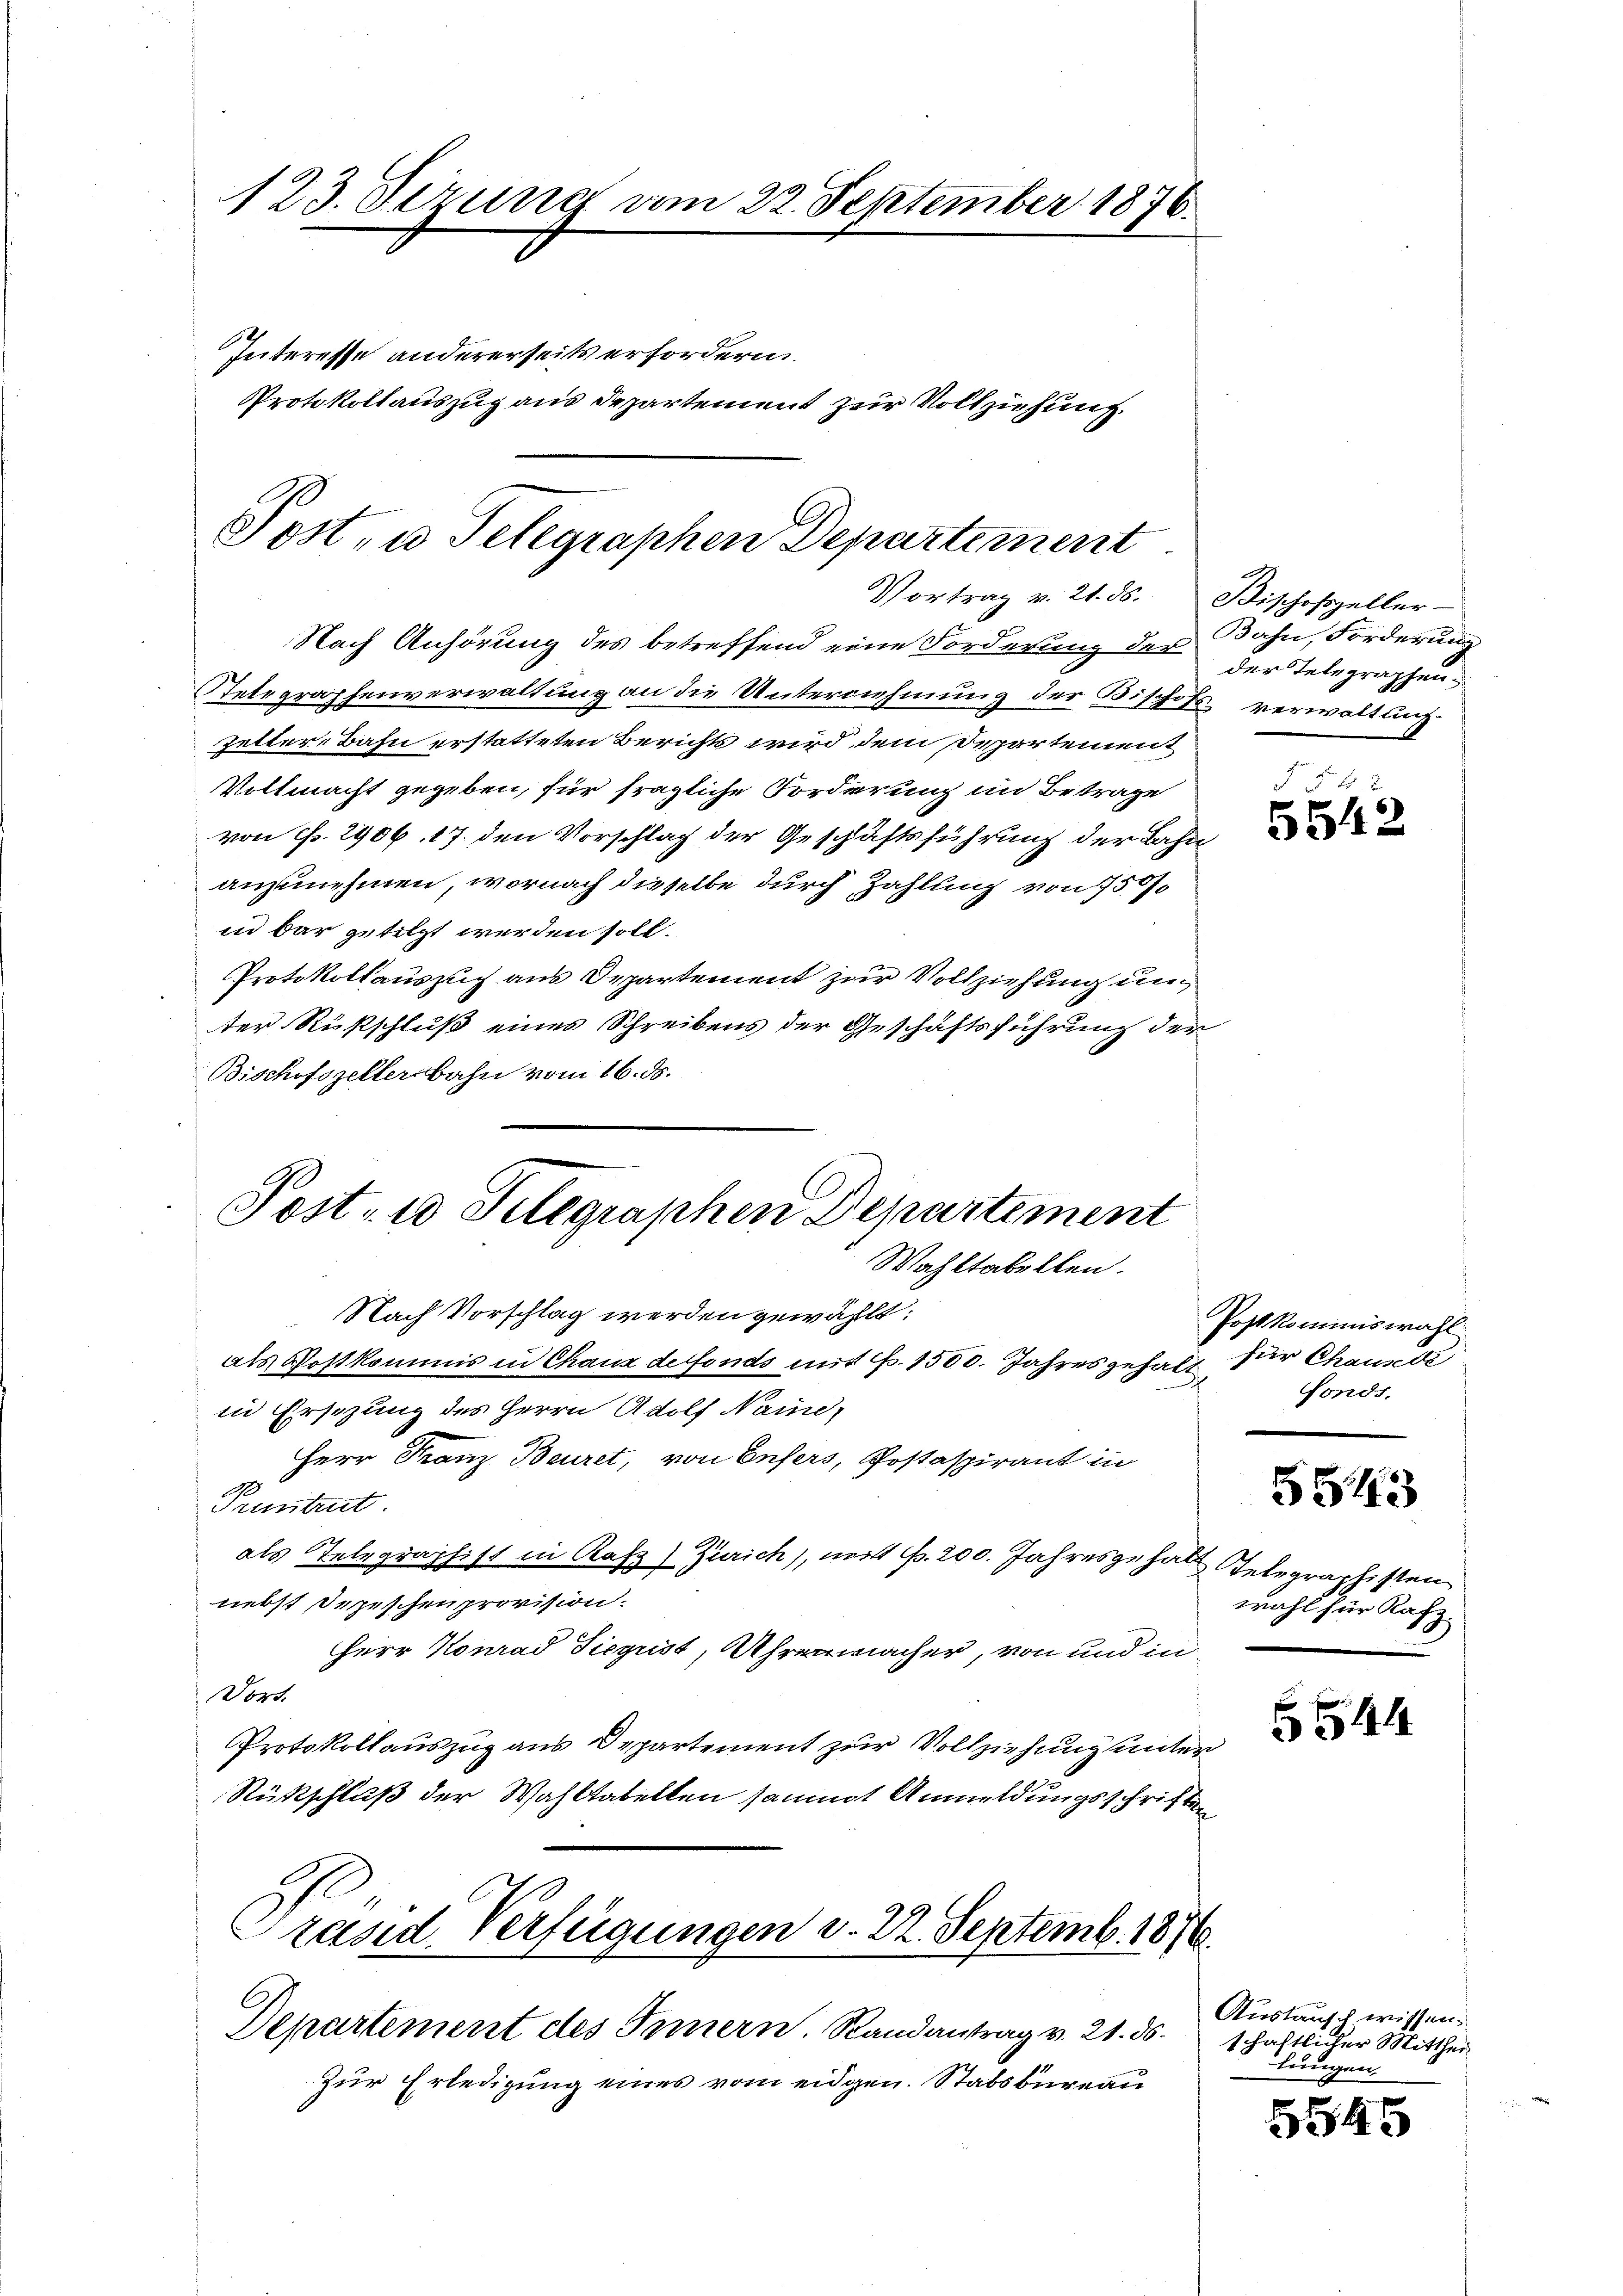
123. Sezung am 22. September 1876.
Interesse andererseits erfordern.
Protokollauszug aus Departement zur Vollzuhünf¬

Post, u. Telegraphen Departement
Vortrag v. 21. ds. Bischofzeller-

Nach Anhörung des betreffend eine Forderung der Bahn, Forderung
Setegraphenverwaltung an die Unternehmung der Bischofs verwaltung
zetter-Bahn erstatteten Berichts wird dem Departement
Vollmacht gegeben, für fragliche Forderung im Betrage
von Fr. 2906. 17. den Vorschlag der Geschäftsführung der Bahnanzunehmen, wornach dieselbe durch Zahlung von 750.
in bar getilgt werden soll.
Protokollauszug aus Departement zur Vollziehung un
der Rückschluß eines Schreibens der Geschäftsführung der
Bischofszellerbahn vom 16. ds.
Wahltabellen.
Nach Vorschlag werden gewählt:
als Postkommis in Chaux de fonds mit F. 1500. Jahresgehalt für Chausedi
in Ersezung des Herrn Adolf Naine,
Herr Franz Beuret, von Enfers, Postaspirant in
Pruntrut
als Telegraphist in Katz) Zürich), nert Fr. 200. Jahresgehalt Telegraphisten
nebst Depeschenprovision.
Herr Konrad Siegust, Ahrenmacher, von und in
Dort.
Protokollauszug aus Departement zur Vollziehung unter
Rückschluß der Wahltabellen sammt Anmeldungsschriften
Präsid. Verfügungen d. 22. Septemb. 1876.
Departement des Innern. Randantrag v. 21. ds.
Zur Erledigung eines vom eidgen. Stabsbureau

Post- u Telegraphen Departement

der Telegraphen

§ 54 x
5542

Post kommiswahl
fonds.

5543

wahl für Rafz

4

Austausch wissen.
schaftlicher Mitthei
lungen.

5545